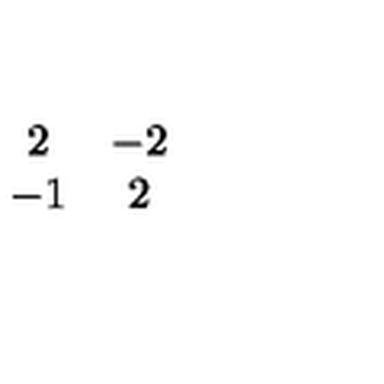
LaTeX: \begin{array} { c c } { 2 } & { - 2 } \\ { - 1 } & { 2 } \\ \end{array}